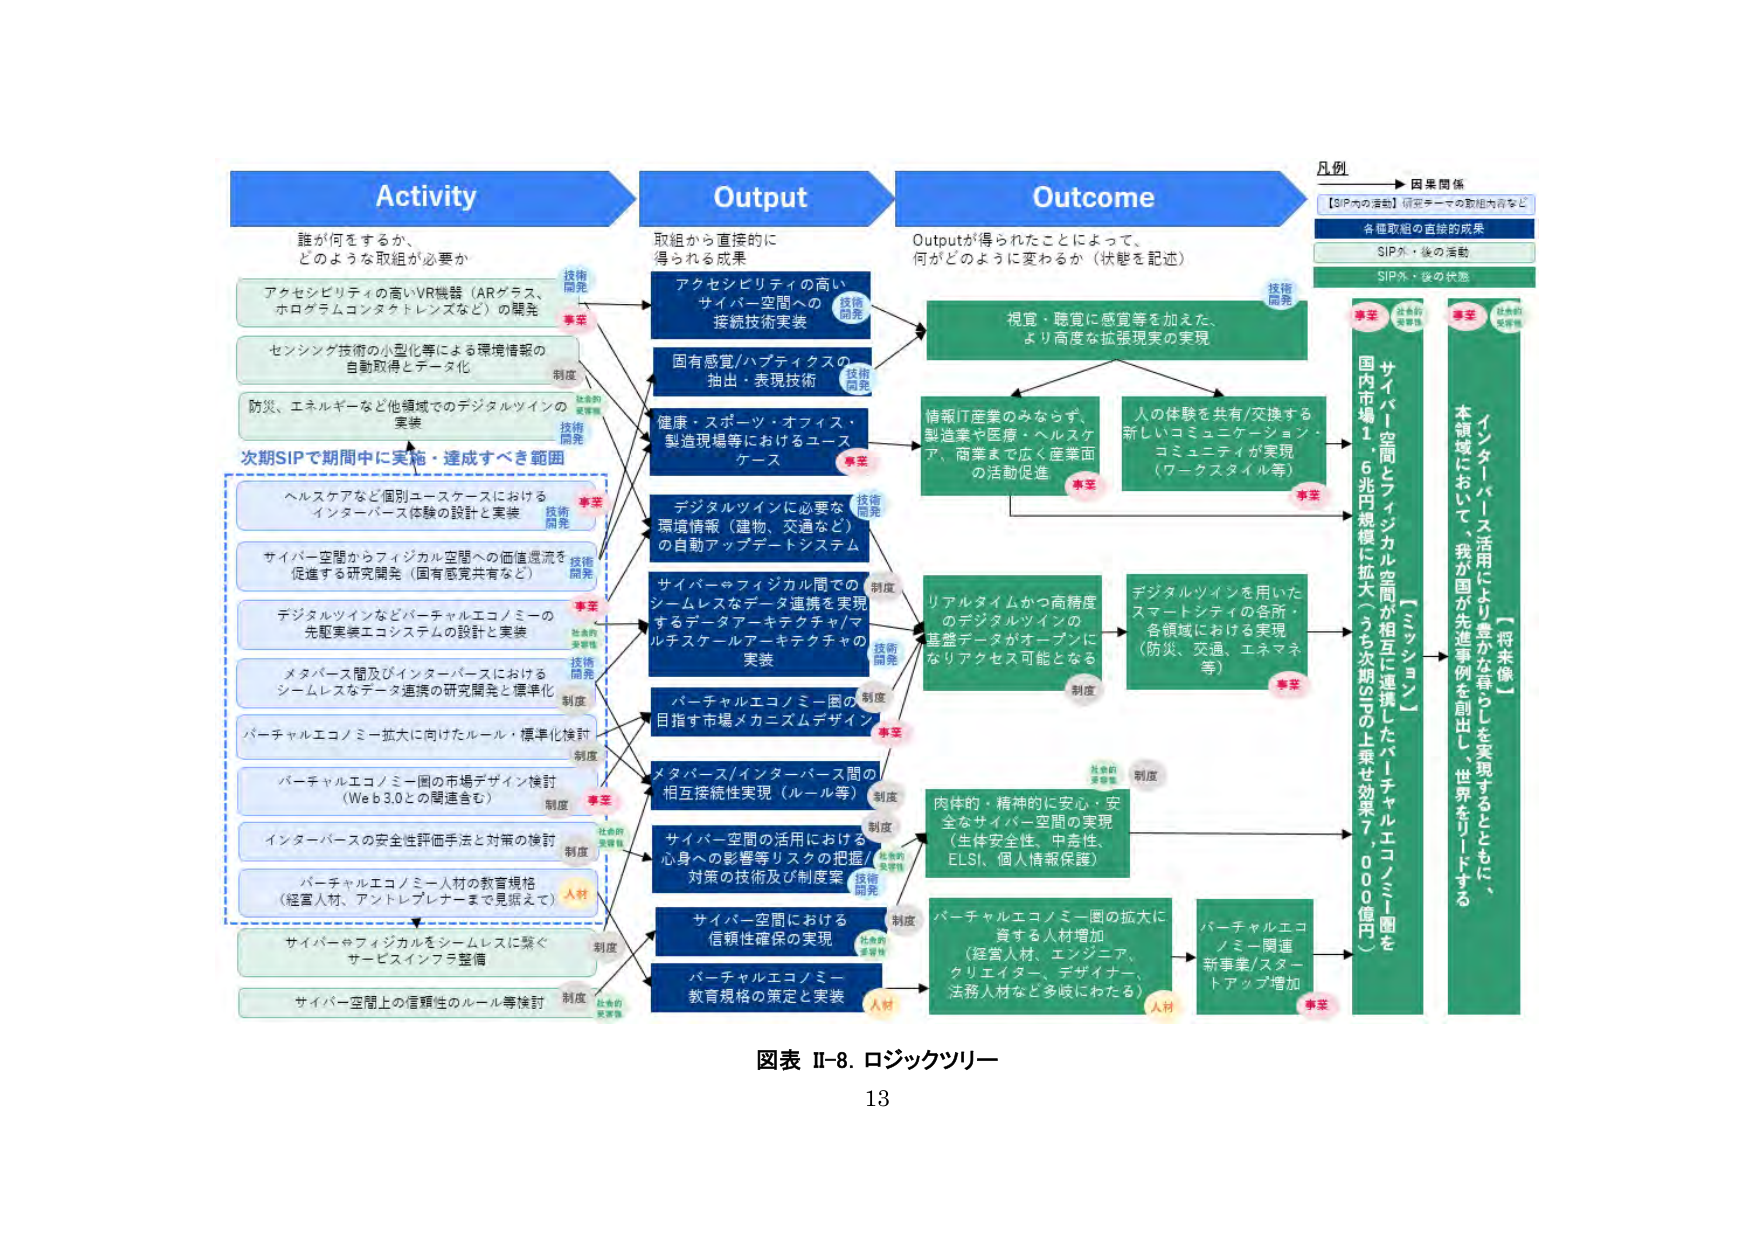
Activity
誰が何をするか、
どのような取組が必要か

アクセシビリティの高いVR機器（ARグラス、
ホログラムコンタクトレンズなど）の開発
技術開発
事実

センシング技術の小型化等による環境情報の
自動取得とテーマ化
制度
社会的実現性

防災、エネルギーなど他領域でのデジタルツインの
実装
技術開発
社会的実現性

次期SIPで期間中に実施・達成すべき範囲

ヘルスケアなど個別ユースケースにおける
インターパース体験の設計と実装
技術開発
事実

サイバー空間からフィジカル空間への価値還流を
促進する研究開発（固有感覚共有など）
技術開発
事実

デジタルツインなどバーチャルエコノミーの
先駆実装エコシステムの設計と実装
社会的実現性

メタバース間及びインターパースにおける
シームレスなデータ連携の研究開発と標準化
技術開発
制度

バーチャルエコノミー拡大に向けたルール・標準化検討
制度

バーチャルエコノミー圏の市場デザイン検討
（Web3.0との関連含む）
制度
事実

インターパースの安全性評価手法と対策の検討
制度
社会的実現性

バーチャルエコノミー人材の教育規格
（経営人材、アントレプレナーまで見据えて）
人材

サイバー⇔フィジカルをシームレスに繋ぐ
サービスインフラ整備
制度

サイバー空間上の信頼性のルール等検討
制度
社会的実現性

Output
取組から直接的に
得られる成果

アクセシビリティの高い
サイバー空間への
接続技術実装
技術開発

固有感覚/ハプティクスの
抽出・表現技術
技術開発

健康・スポーツ・オフィス・
製造現場等におけるユース
ケース
事実

デジタルツインに必要な
環境情報（建物、交通など）
の自動アップデートシステム
技術開発

サイバー⇔フィジカル間での
シームレスなデータ連携を実現
するデータアーキテクチャ/マ
ルチスケールアーキテクチャの
実装
技術開発
制度

バーチャルエコノミー圏の
目指す市場メカニズムデザイン
制度
事実

メタバース/インターパース間の
相互接続性実現（ルール等）
制度

サイバー空間の活用における
心身への影響等リスクの把握/
対策の技術及び制度案
技術開発
社会的実現性

サイバー空間における
信頼性確保の実現
社会的実現性
制度

バーチャルエコノミー
教育規格の策定と実装
人材

Outcome
Outputが得られたことによって、
何がどのように変わるか（状態を記述）

視覚・聴覚に感覚等を加えた、
より高度な拡張現実の実現
技術開発

情報IT産業のみならず、
製造業や医療・ヘルスケア、
商等まで広く産業面
の活動促進
事実

人の体験を共有/交換する
新しいコミュニケーション・
コミュニティが実現
（ワークスタイル等）
事実

リアルタイムかつ高精度
のデジタルツインの
整備データがオープンに
なりアクセス可能となる
制度

デジタルツインを用いた
スマートシティの各所・
各領域における実現
（防災、交通、エネマネ等）
事実

肉体的・精神的に安心・安全
なサイバー空間の実現
（生体安全性、中立性、
ELSI、個人情報保護）
制度
社会的実現性

バーチャルエコノミー圏の拡大に
資する人材増加
（経営人材、エンジニア、
クリエイター、デザイナー、
法務人材など多岐にわたる）
人材

バーチャルエコノミー関連
新事業/スタートアップ増加
事実

凡例
→ 因果関係
【SIP内の活動】研究テーマの取組内容など
各種取組の直接的成果
SIP外・後の活動
SIP外・後の状態

【ミッション】
サイバー空間とフィジカル空間が相互に連携したバーチャルエコノミー圏を
国内市場1.6兆円規模に拡大（うち次期SIPの上乗せ効果7,000億円）

【将来像】
本領域において、我が国が先進事例を創出し、世界をリードする
インターパース活用により豊かな暮らしを実現するとともに、

図表 II-8. ロジックツリー
13